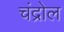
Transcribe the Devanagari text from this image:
चंद्रोल